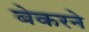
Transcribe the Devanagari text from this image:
बेकरने